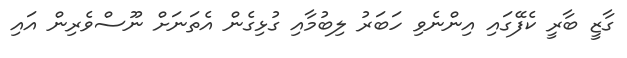
ގާޒީ ބާރީ ކެފޭގައި އިންނެވި ހަބަރު ލިބުމާއި ގުޅިގެން އެތަނަށް ނޫސްވެރިން އައި